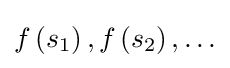
f\left(s_{1}\right),f\left(s_{2}\right),\ldots